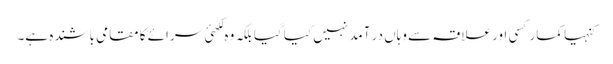
کنہیا کمار کسی اور علاقہ سے وہاں در آمد نہیں کیا گیا بلکہ وہ لکھئ سرائے کا مقامی باشندہ ہے۔